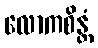
လောကစိန္တံ